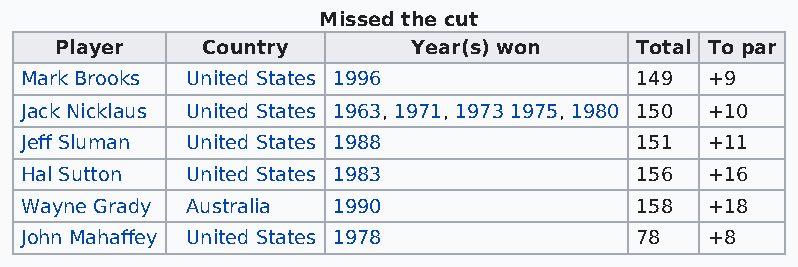
Missed the cut
 Player   Country       Year(s) won    Total To par
 Mark Brooks United States 1996           149  +9
 Jack Nicklaus United States 1963, 1971, 1973 1975, 1980 150 +10
 Jeff Sluman United States 1988           151  +11
 Hal Sutton United States 1983            156  +16
 Wayne Grady Australia 1990               158  +18
 John Mahaffey United States 1978         78   +8